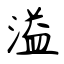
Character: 溢